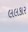
લલકાર